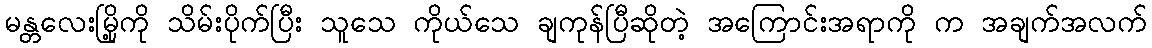
မန္တလေးမြို့ကို သိမ်းပိုက်ပြီး သူသေ ကိုယ်သေ ချကုန်ပြီဆိုတဲ့ အကြောင်းအရာကို က အချက်အလက်